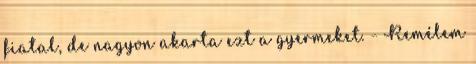
fiatal, de nagyon akarta ezt a gyermeket. - Remélem